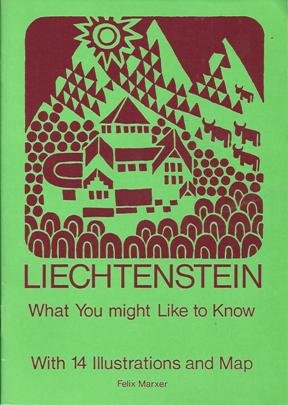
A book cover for Liechtenstein: What you might like to know; Felix Marxer; Travel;